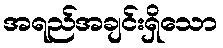
အရည်အချင်းရှိသော